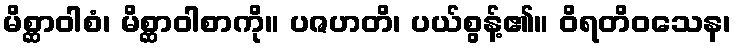
မိစ္ဆာဝါစံ၊ မိစ္ဆာဝါစာကို။ ပဇဟတိ၊ ပယ်စွန့်၏။ ဝိရတိဝသေန၊